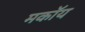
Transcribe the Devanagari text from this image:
मकॉय